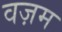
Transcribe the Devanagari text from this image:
वज़म